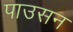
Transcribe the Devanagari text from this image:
पाउसन